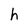
Character: h